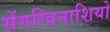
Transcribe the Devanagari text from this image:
सेंगग्विनाशियो